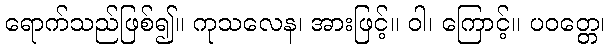
ရောက်သည်ဖြစ်၍။ ကုသလေန၊ အားဖြင့်။ ဝါ၊ ကြောင့်။ ပဝတ္တေ၊